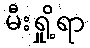
မီးရှို့ရာ